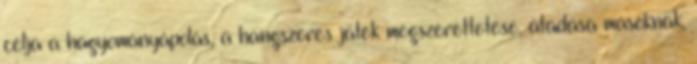
célja a hagyományápolás, a hangszeres játék megszerettetése, átadása másoknak,